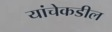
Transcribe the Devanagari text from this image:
यांचेकडील